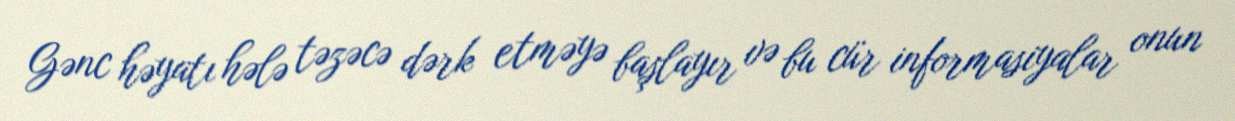
Gənc həyatı hələ təzəcə dərk etməyə başlayır və bu cür informasiyalar onun